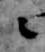
々